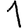
Digit: 1